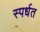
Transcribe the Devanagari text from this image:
स्पर्धत